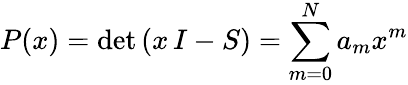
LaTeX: P(x)=\mathrm{det}\left(x\, I-S\right)=\sum_{m=0}^{N}a_{m}x^{m}